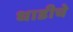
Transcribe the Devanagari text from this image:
धाडीचे